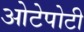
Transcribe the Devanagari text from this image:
ओटेपोटी